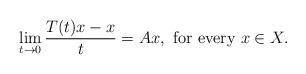
LaTeX: \begin{align*}\lim_{t \to 0} \dfrac{T(t)x-x}{t} = Ax, \mbox{ for every } x \in X.\end{align*}